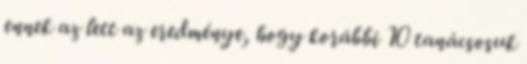
ennek az lett az eredménye, hogy korábbi 10 tanácsosuk